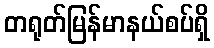
တရုတ်မြန်မာနယ်စပ်ရှိ